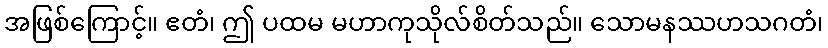
အဖြစ်ကြောင့်။ ဧတံ၊ ဤ ပထမ မဟာကုသိုလ်စိတ်သည်။ သောမနဿဟသဂတံ၊